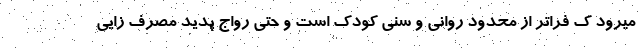
میرود ک فراتر از محدود روانی و سنی کودک است و حتی رواج پدید مصرف زایی